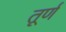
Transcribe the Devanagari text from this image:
तूर्ण